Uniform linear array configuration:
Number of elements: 12
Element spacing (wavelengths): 1
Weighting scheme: blackman
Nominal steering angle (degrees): -30
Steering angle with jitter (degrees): -28.277
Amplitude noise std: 0.05
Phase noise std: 0.05

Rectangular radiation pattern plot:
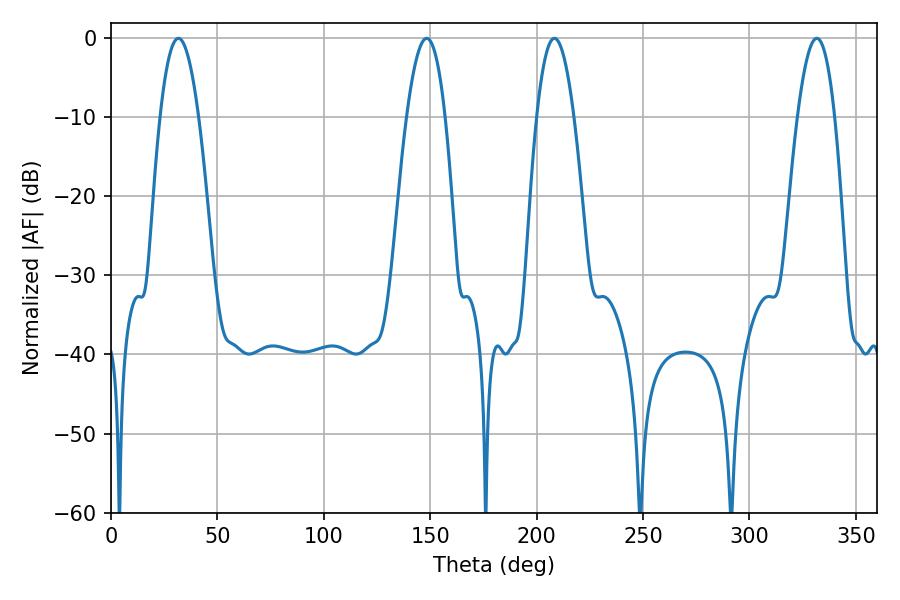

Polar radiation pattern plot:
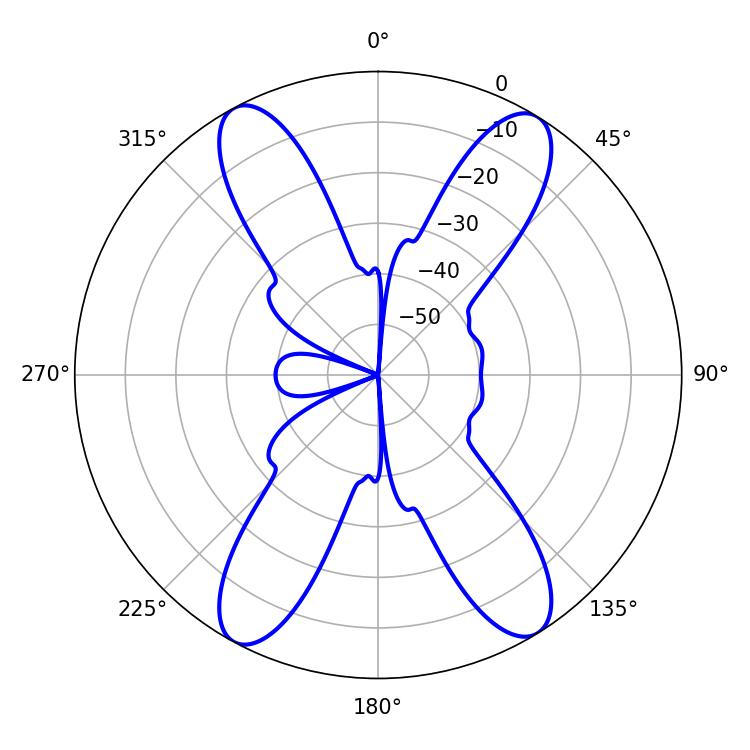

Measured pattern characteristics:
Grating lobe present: TRUE
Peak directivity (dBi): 19.102
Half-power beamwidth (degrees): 9.9
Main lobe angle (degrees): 31.68